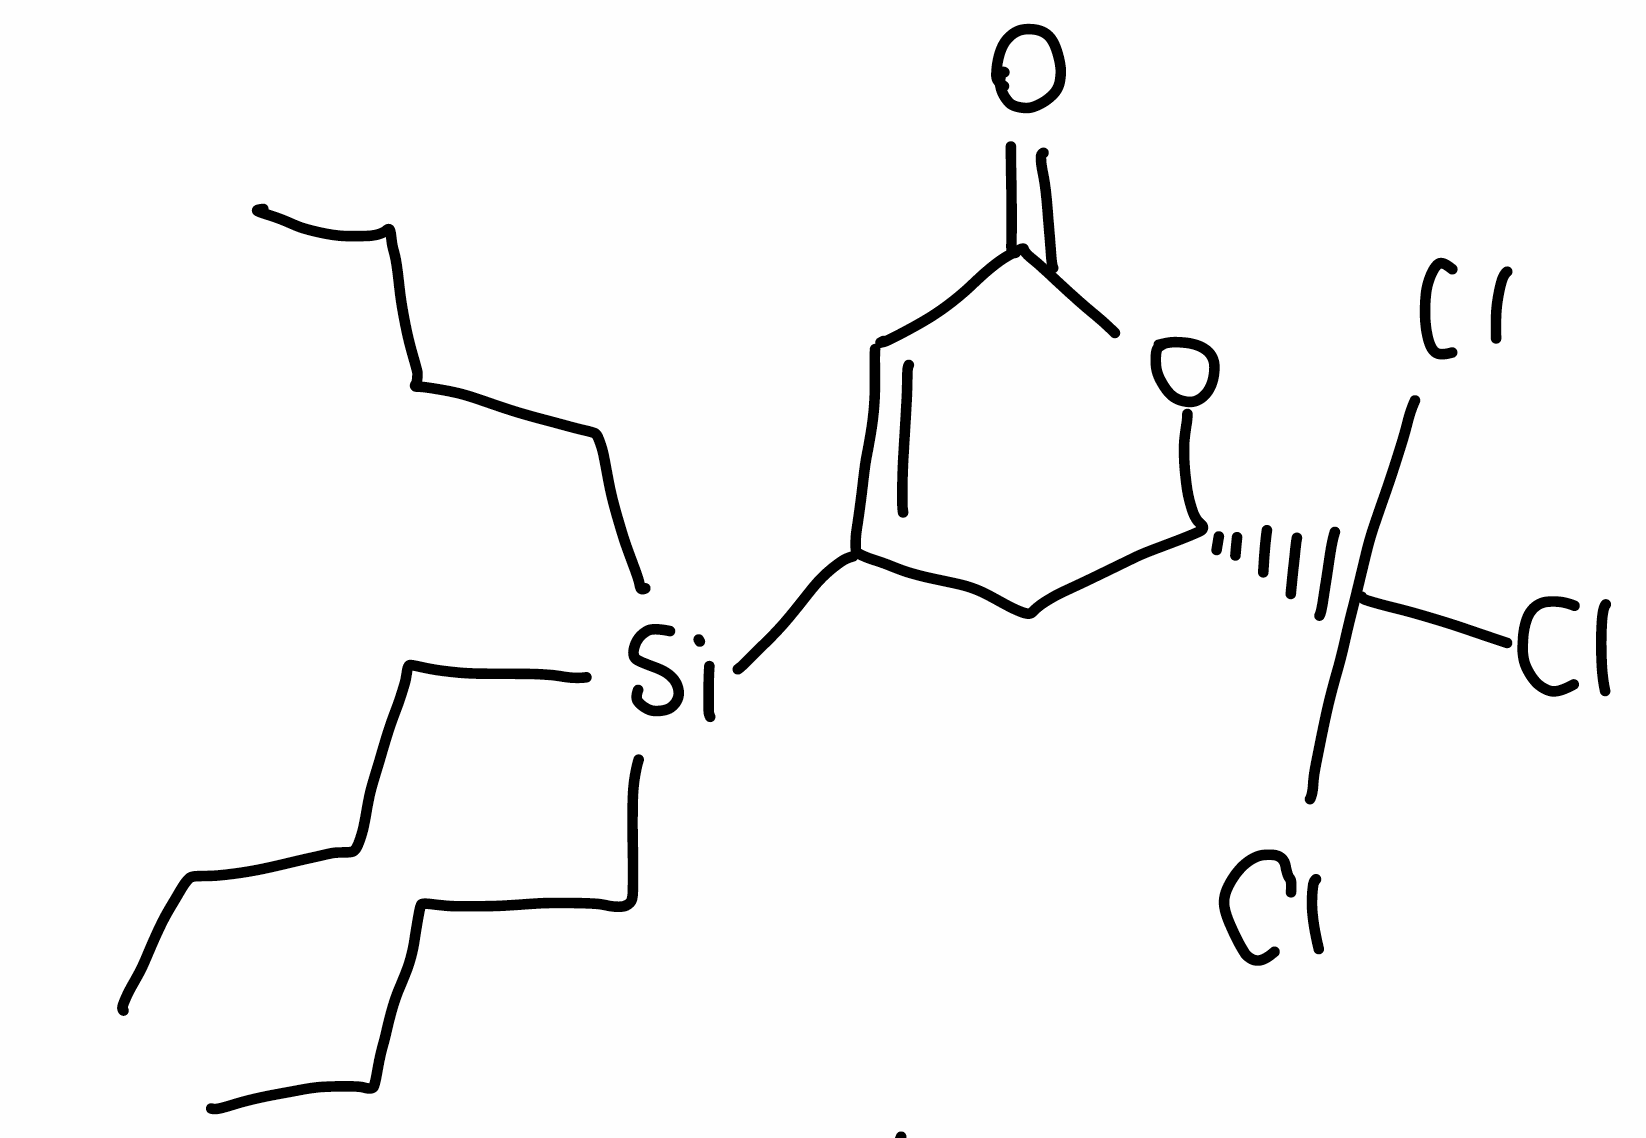
Simplified molecular-input line-entry system (SMILES) notation of the given molecule:
CCCC[Si](CCCC)(CCCC)C1=CC(=O)O[C@@H](C1)C(Cl)(Cl)Cl